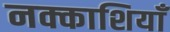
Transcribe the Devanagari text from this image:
नक्काशियाँ